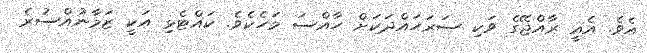
އެވެ. އެއީ ރާއްޖޭގެ ވަކި ސަރަހައްދަކަށް ހާއްސަ މަހެކެވެ. ކައްޓެޅި އަކީ ޒަމާނުއްސުރެ